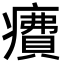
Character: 𤺕